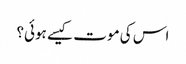
اس کی موت کیسے ہوئی؟